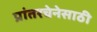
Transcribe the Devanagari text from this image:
प्रांतरचेनेसाठी